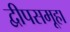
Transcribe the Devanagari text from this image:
द्वीपसमूहा